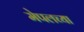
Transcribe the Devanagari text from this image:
मेपलच्या